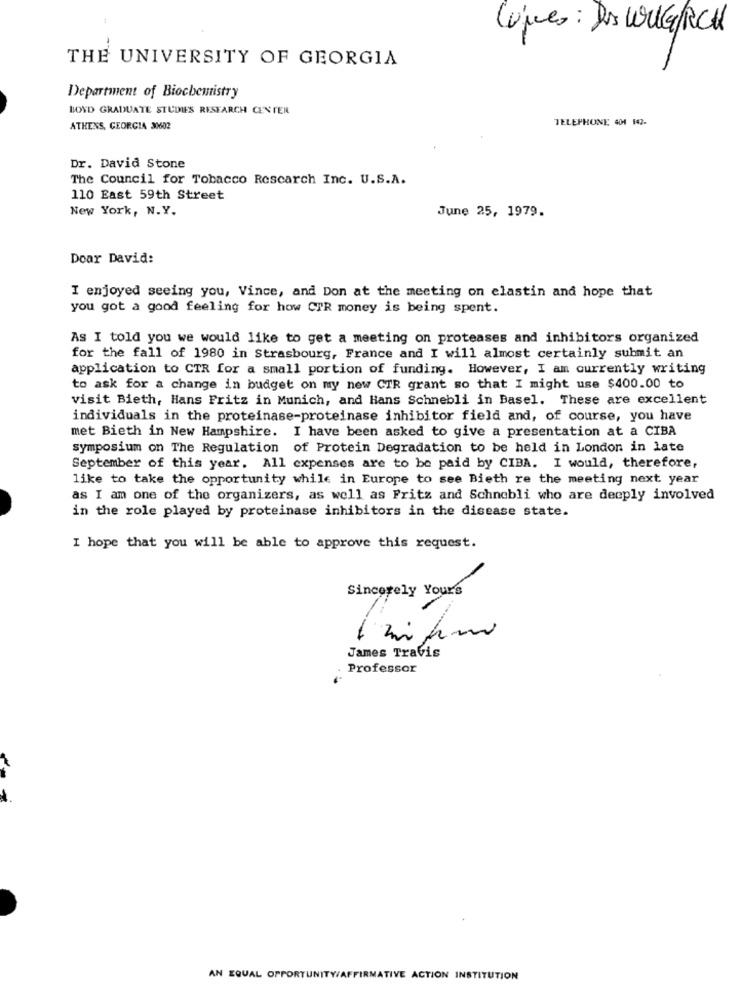
Comes : les WIG RCH
THE UNIVERSITY OF GEORGIA
Department of Biochemistry
BOYD GRADUATE STUDIES RESEARCH CENTER
TELEPHONE 401 142.
ATHENS, GEORGIA 30602
Dr. David Stone
The Council for Tobacco Rescarch Inc. U.S.A.
110 East 59th Street
New York, N.Y.
June 25, 1979.
Doar David:
I enjoyed seeing you, Vince, and Don at the meeting on elastin and hope that
you got a good feeling for how CTR money is being spent.
As I told you we would like to get a meeting on proteases and inhibitors organized
for the fall of 1980 in Strasbourg, France and I will almost certainly submit an
application to CTR for a small portion of funding. However, I am currently writing
to ask for a change in budget on my new CTR grant so that I might use $400.00 to
visit Bieth, Hans Fritz in Munich, and Hans Schnebli in Basel. These are excellent
individuals in the proteinase-proteinase inhibitor field and, of course, you have
met Bieth in New Hampshire. I have been asked to give a presentation at a CIBA
symposium on The Regulation of Protein Degradation to be held in London in late
September of this year. All expenses are to be paid by CIBA. I would, therefore,
like to take the opportunity while in Europe to see Bieth re the meeting next year
as I am one of the organizers, as well as Fritz and Schnebli who are deeply involved
in the role played by proteinase inhibitors in the disease state.
I hope that you will be able to approve this request.
Sincerely Yours
James Travis
Professor
AN EQUAL OPPORTUNITY/AFFIRMATIVE ACTION INSTITUTION